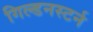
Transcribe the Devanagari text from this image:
गिल्डनस्टर्न